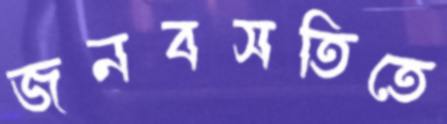
জনবসতিতে